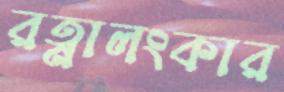
রত্নালংকার